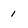
Character: 1